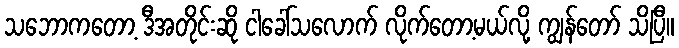
သဘောကတော့ ဒီအတိုင်းဆို ငါခေါ်သလောက် လိုက်တော့မယ်လို့ ကျွန်တော် သိပြီ။